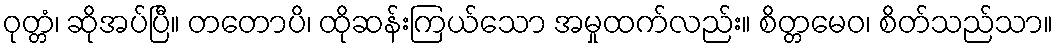
ဝုတ္တံ၊ ဆိုအပ်ပြီ။ တတောပိ၊ ထိုဆန်းကြယ်သော အမှုထက်လည်း။ စိတ္တမေဝ၊ စိတ်သည်သာ။